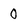
Character: O